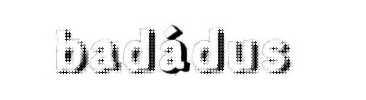
badádus